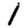
Digit: 1